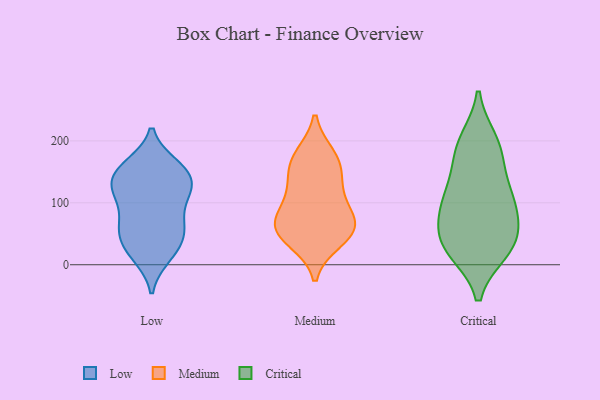
{"axis": {"x": "Bounce Rate (%)", "y": "Value"}, "legend": ["Critical", "Low", "Medium"], "data": [{"x": "", "y": 161, "type": "Low"}, {"x": "", "y": 13, "type": "Low"}, {"x": "", "y": 22, "type": "Low"}, {"x": "", "y": 70, "type": "Low"}, {"x": "", "y": 141, "type": "Low"}, {"x": "", "y": 120, "type": "Low"}, {"x": "", "y": 105, "type": "Low"}, {"x": "", "y": 158, "type": "Low"}, {"x": "", "y": 152, "type": "Low"}, {"x": "", "y": 54, "type": "Low"}, {"x": "", "y": 16, "type": "Low"}, {"x": "", "y": 123, "type": "Low"}, {"x": "", "y": 45, "type": "Low"}, {"x": "", "y": 112, "type": "Low"}, {"x": "", "y": 133, "type": "Low"}, {"x": "", "y": 160, "type": "Low"}, {"x": "", "y": 46, "type": "Low"}, {"x": "", "y": 122, "type": "Low"}, {"x": "", "y": 61, "type": "Low"}, {"x": "", "y": 73, "type": "Low"}, {"x": "", "y": 169, "type": "Medium"}, {"x": "", "y": 175, "type": "Medium"}, {"x": "", "y": 55, "type": "Medium"}, {"x": "", "y": 125, "type": "Medium"}, {"x": "", "y": 69, "type": "Medium"}, {"x": "", "y": 157, "type": "Medium"}, {"x": "", "y": 59, "type": "Medium"}, {"x": "", "y": 80, "type": "Medium"}, {"x": "", "y": 40, "type": "Medium"}, {"x": "", "y": 54, "type": "Medium"}, {"x": "", "y": 112, "type": "Medium"}, {"x": "", "y": 111, "type": "Critical"}, {"x": "", "y": 187, "type": "Critical"}, {"x": "", "y": 25, "type": "Critical"}, {"x": "", "y": 136, "type": "Critical"}, {"x": "", "y": 184, "type": "Critical"}, {"x": "", "y": 98, "type": "Critical"}, {"x": "", "y": 23, "type": "Critical"}, {"x": "", "y": 44, "type": "Critical"}, {"x": "", "y": 30, "type": "Critical"}, {"x": "", "y": 83, "type": "Critical"}, {"x": "", "y": 99, "type": "Critical"}, {"x": "", "y": 47, "type": "Critical"}, {"x": "", "y": 199, "type": "Critical"}]}